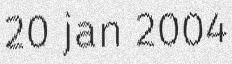
20 jan 2004